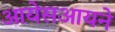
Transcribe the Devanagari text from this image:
आयेसआयने